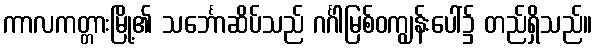
ကာလကတ္တားမြို့၏ သင်္ဘောဆိပ်သည် ဂင်္ဂါမြစ်ဝကျွန်းပေါ်၌ တည်ရှိသည်။